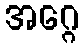
အဂ္ဂေ